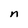
Character: n